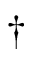
\dagger